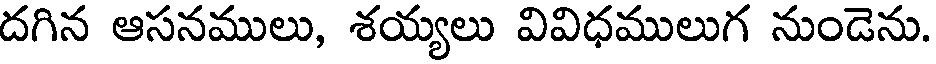
దగిన ఆసనములు, శయ్యలు వివిధములుగ నుండెను.